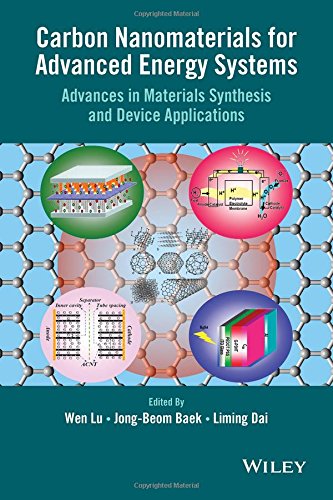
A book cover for Carbon Nanomaterials for Advanced Energy Systems: Advances in Materials Synthesis and Device Applications; Engineering & Transportation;